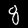
Digit: 8